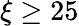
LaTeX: \xi\ge 25